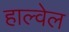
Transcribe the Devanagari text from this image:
हाल्वेल